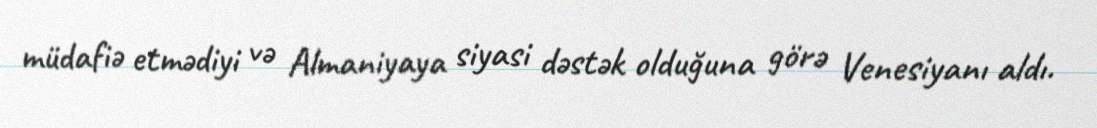
müdafiə etmədiyi və Almaniyaya siyasi dəstək olduğuna görə Venesiyanı aldı.